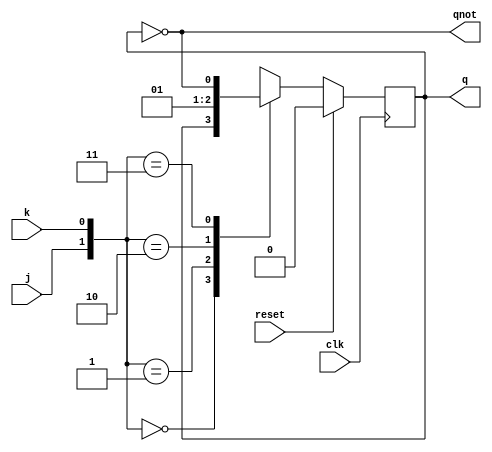
module jkff(input reset, input clk, input j, input k, output reg q, output qnot);
assign qnot=~q;
always @(posedge clk)
  if (reset) q<=1'b0; else
  case ({j, k})
 2'b00: q<=q;
 2'b01: q<=1'b0;
 2'b10: q<=1'b1;
 2'b11: q<=~q;
 endcase
endmodule


// test bench

module test;

reg clk=0;
reg j=0;
reg k=0;
reg reset=1;
wire q, qnot;

  jkff dut(reset, clk,j,k,q,qnot);

initial
  begin
    $dumpfile("dump.vcd");
    $dumpvars(1);
    j=1'b1;  // set your JK here
    k=1'b1; 
#5  reset=1'b0;
#25 $finish;
  end

always #1 clk=~clk;

endmodule